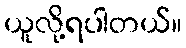
ယူလို့ရပါတယ်။